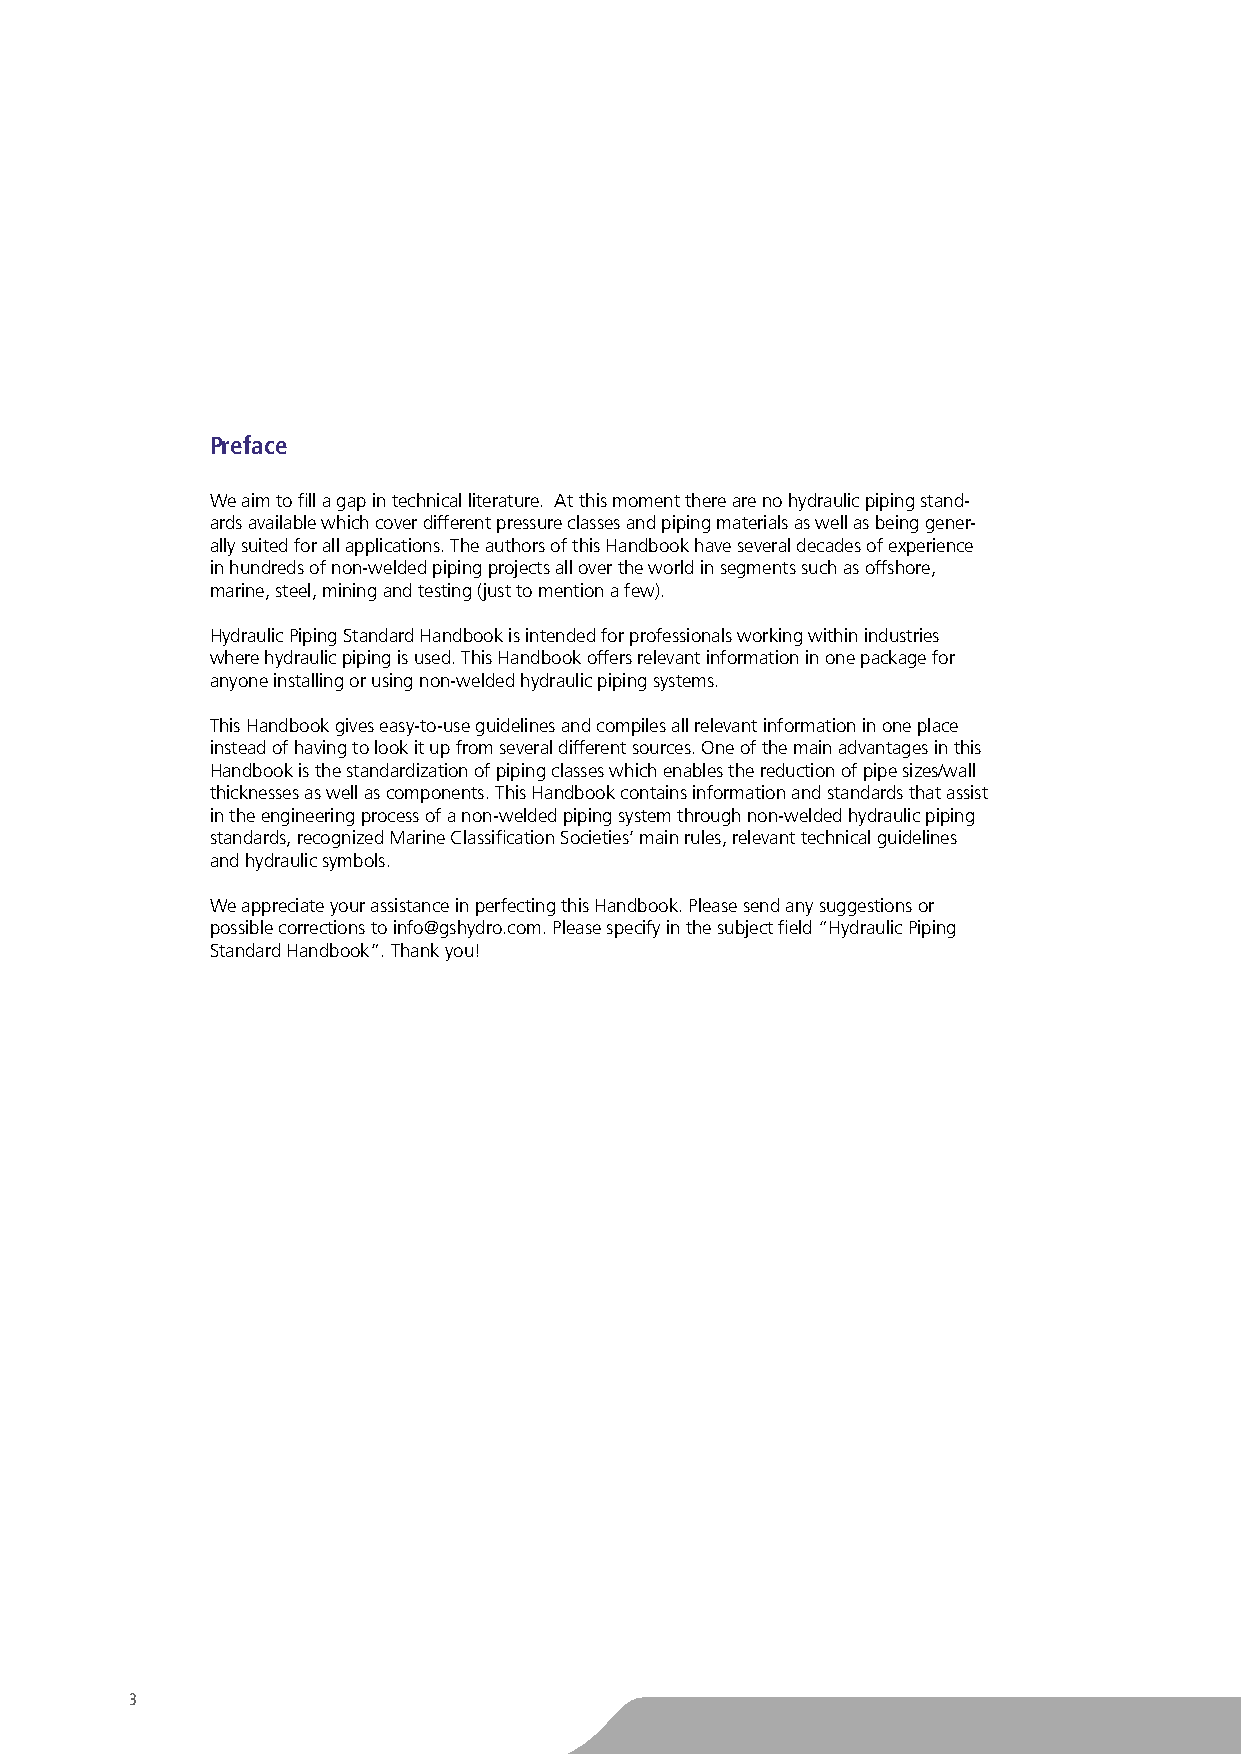
Preface
 We aim to fill a gap in technical literature. At this moment there are no hydraulic piping stand-
 ards available which cover different pressure classes and piping materials as well as being gener-
 ally suited for all applications. The authors of this Handbook have several decades of experience
 in hundreds of non-welded piping projects all over the world in segments such as offshore,
 marine, steel, mining and testing (just to mention a few).
 Hydraulic Piping Standard Handbook is intended for professionals working within industries
 where hydraulic piping is used. This Handbook offers relevant information in one package for
 anyone installing or using non-welded hydraulic piping systems.
 This Handbook gives easy-to-use guidelines and compiles all relevant information in one place
 instead of having to look it up from several different sources. One of the main advantages in this
 Handbook is the standardization of piping classes which enables the reduction of pipe sizes/wall
 thicknesses as well as components. This Handbook contains information and standards that assist
 in the engineering process of a non-welded piping system through non-welded hydraulic piping
 standards, recognized Marine Classification Societies’ main rules, relevant technical guidelines
 and hydraulic symbols.
 We appreciate your assistance in perfecting this Handbook. Please send any suggestions or
 possible corrections to info@gshydro.com. Please specify in the subject field “Hydraulic Piping
 Standard Handbook”. Thank you!
 3
 TO
 BE
 CUTTED
 OFF